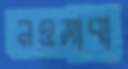
নওসাবা